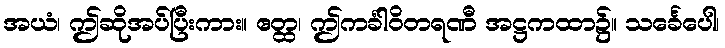
အယံ၊ ဤဆိုအပ်ပြီးကား။ ဧတ္ထ၊ ဤကင်္ခါဝိတရဏီ အဋ္ဌကထာ၌။ သင်္ခေပေါ၊